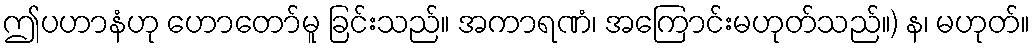
ဤပဟာနံဟု ဟောတော်မူ ခြင်းသည်။ အကာရဏံ၊ အကြောင်းမဟုတ်သည်။) န၊ မဟုတ်။